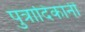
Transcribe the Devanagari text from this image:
पुत्रादिकांनीं